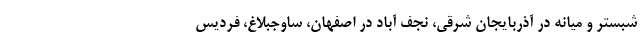
شبستر و میانه در آذربایجان شرقی، نجف آباد در اصفهان، ساوجبلاغ، فردیس